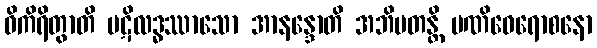
ဝိကိရိတွာတိ ပဋိလဒ္ဓဿာသော အာနန္ဒောတိ အဘိမတန္တိ မဏိဝေရောစနော